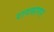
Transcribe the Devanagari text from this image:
रागसागर